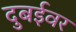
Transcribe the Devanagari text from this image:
दुबईवर